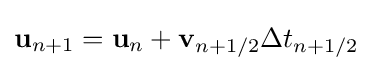
\mathbf {u} _{n+1}=\mathbf {u} _{n}+\mathbf {v} _{n+1/2}\Delta t_{n+1/2}